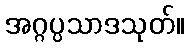
အဂ္ဂပ္ပသာဒသုတ်။